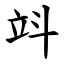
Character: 䇆